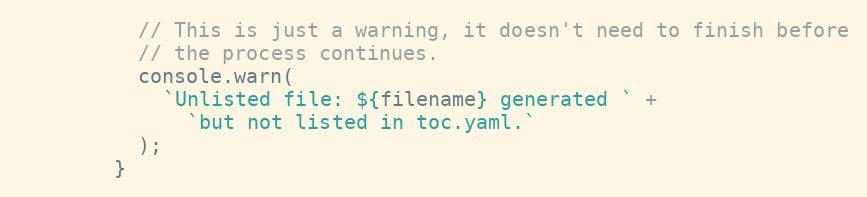
Language: JavaScript
          // This is just a warning, it doesn't need to finish before
          // the process continues.
          console.warn(
            `Unlisted file: ${filename} generated ` +
              `but not listed in toc.yaml.`
          );
        }